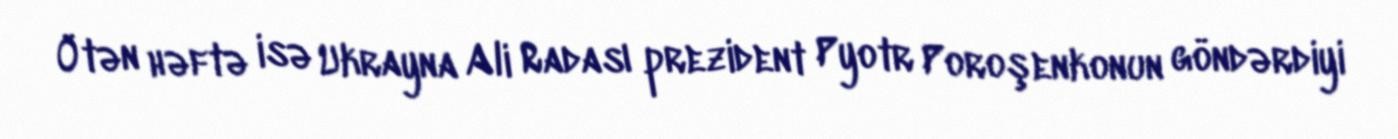
Ötən həftə isə Ukrayna Ali Radası prezident Pyotr Poroşenkonun göndərdiyi